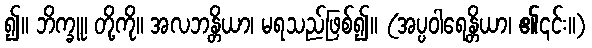
၍။ ဘိက္ခူ၊ တို့ကို။ အလဘန္တိယာ၊ မရသည်ဖြစ်၍။ (အပ္ပဝါရေန္တိယာ၊ ၏၎င်း။)